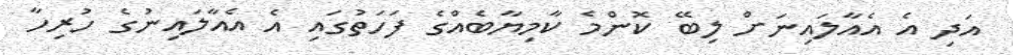
އަދި އެ އެއާލައިނަށް ލިބޭ ކޮންމެ ކާމިޔާބެއްގެ ފަހަތުގައި އެ އެއާލައިނުގެ ހުރިހާ